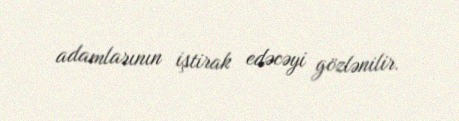
adamlarının iştirak edəcəyi gözlənilir.